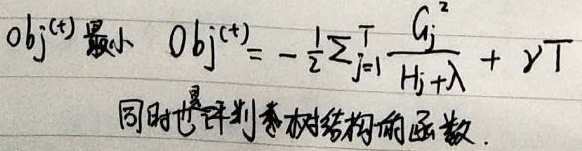
\(obj^{(t)}\)最小 \(obj^{(t)} = - \frac{1}{2} \sum_{j = 1}^{T} \frac{G_j^2}{H_j + \lambda} + \gamma T\)
同时也是评判树结构的函数.